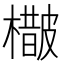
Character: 𣛵